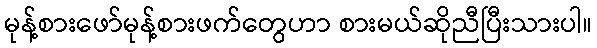
မုန့်စားဖော်မုန့်စားဖက်တွေဟာ စားမယ်ဆိုညီပြီးသားပါ။